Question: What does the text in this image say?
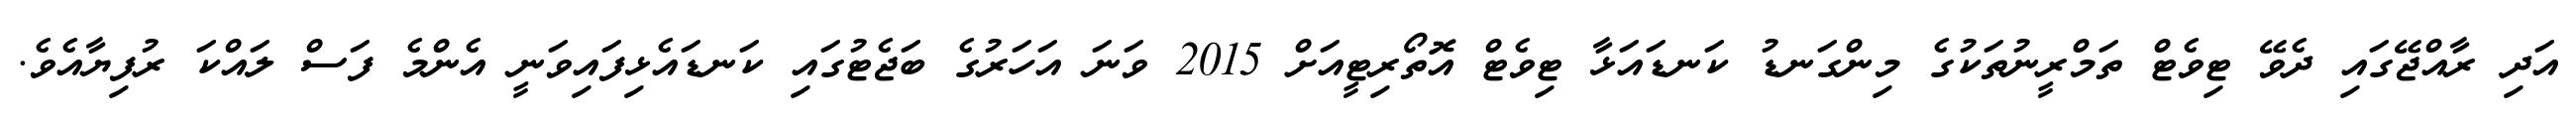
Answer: އަދި ރާއްޖޭގައި ދެވޭ ޓިވެޓް ތަމްރީނުތަކުގެ މިންގަނޑު ކަނޑައަޅާ ޓިވެޓް އޮތޯރިޓީއަށް 2015 ވަނަ އަހަރުގެ ބަޖެޓުގައި ކަނޑައެޅިފައިވަނީ އެންމެ ފަސް ލައްކަ ރުފިޔާއެވެ.